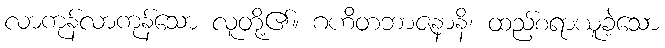
လာကုန်လာကုန်သော လူတို့၏။ ဂဟိတဘာဇနာနိ၊ ထည့်စရာယူခဲ့သော